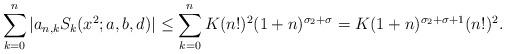
LaTeX: \begin{align*} \sum_{k=0}^n |a_{n,k}S_k(x^2;a,b,d)| \le \sum_{k=0}^n K(n!)^2(1+n)^{\sigma_2+\sigma} = K(1+n)^{\sigma_2+\sigma+1}(n!)^2.\end{align*}